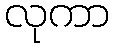
လုကာ